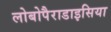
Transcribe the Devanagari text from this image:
लोबोपैराडाइसिया